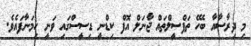
މި ދިރާސާއާ ބެހޭ ތަފްސީލްތައް ޖާނަލް އޮފް ކިޑްނީ ޑިސީސްގައި ވަނީ ހިމަނާފައެވެ.